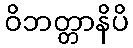
ဝိဘတ္တာနိပိ